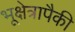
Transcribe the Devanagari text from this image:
भूक्षेत्रापैकी